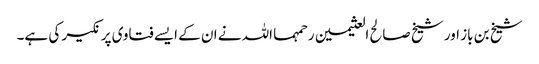
شیخ بن باز اور شیخ صالح العثیمین رحمہما اللہ نے ان کے ایسے فتاوی پر نکیر کی ہے۔